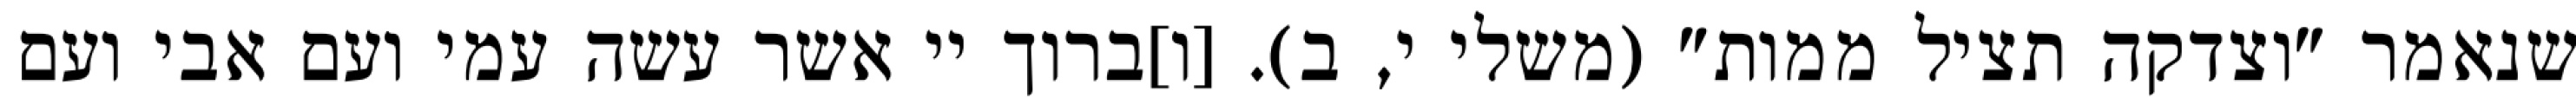
שנאמר "וצדקה תציל ממות" (משלי י, ב). [ו]ברוך יי אשר עשה עמי ועם אבי ועם